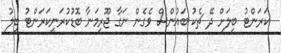
ކަރަންޓު ބިލަށް ދޭ ޗެކު ބައުންސް ވެގެން ނަގާ ޖޫރިމަނާ ބޮޑުކުރަނީކަރަންޓު ބިލު